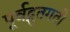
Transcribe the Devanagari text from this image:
पूर्वद्रुतगती